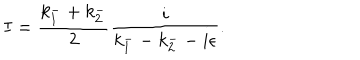
I = \frac { k _ { 1 } ^ { - } + k _ { 2 } ^ { - } } { 2 } \frac { i } { k _ { 1 } ^ { - } - k _ { 2 } ^ { - } - i \epsilon } .